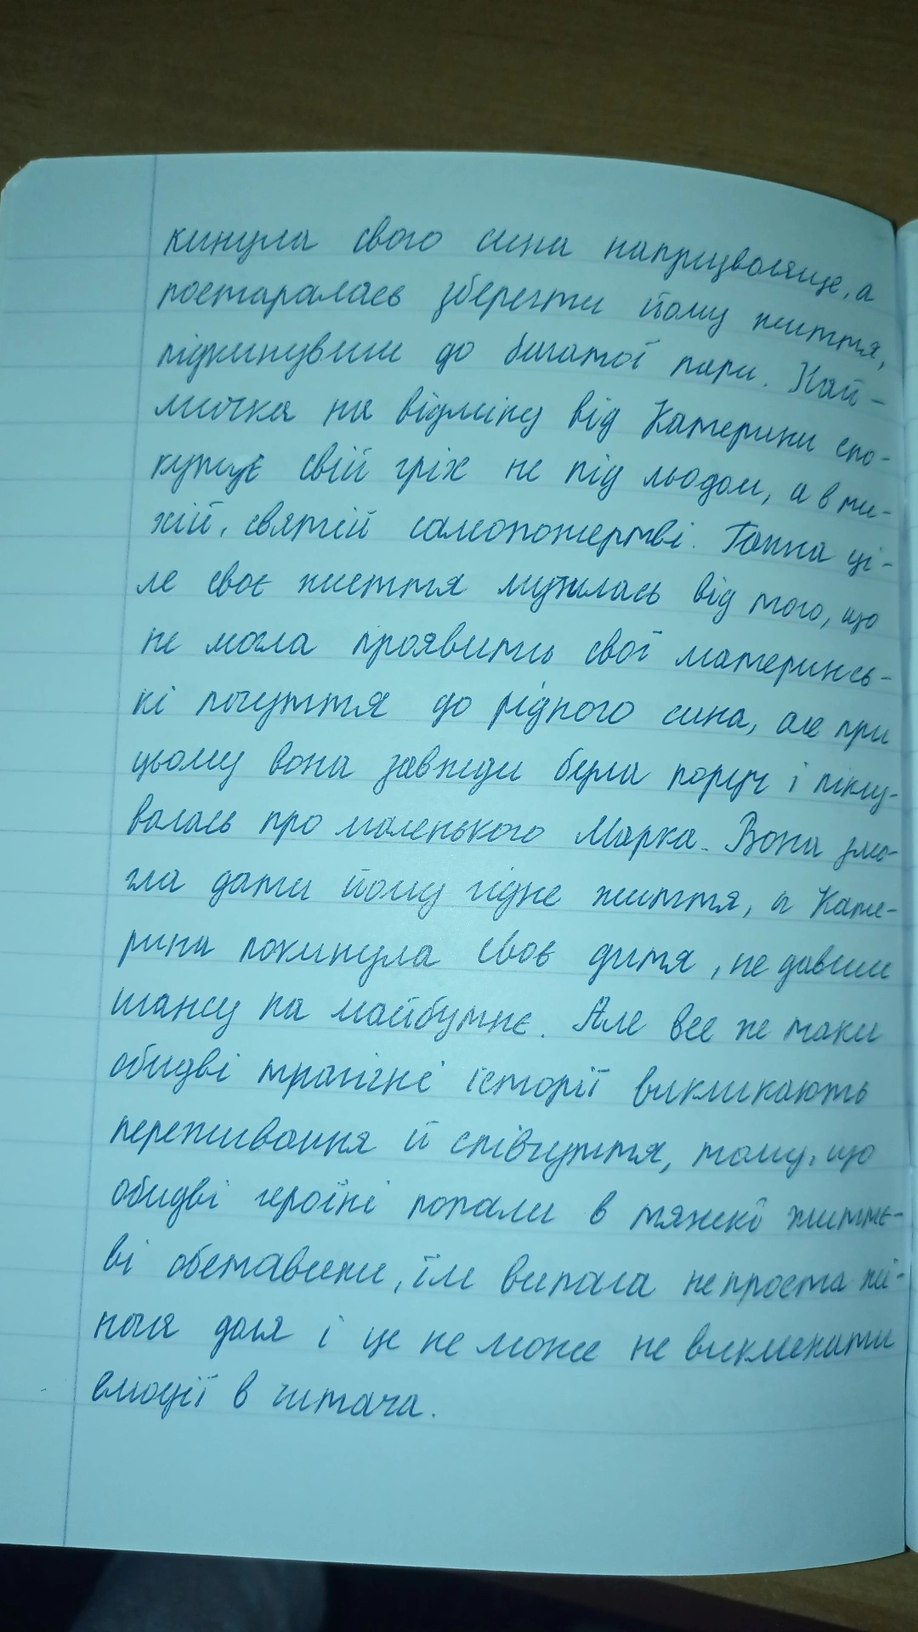
кинула свою сина напризволяще, а
постаралась зберегти йому життя,
підкинувши до багатої пари. Най-
мичка на відміну від Катерини спо-
купує свій гріх не під льодом, а в ти-
жій, святій самопожертві. Ганна ці-
ле своє життя мучилась від того, що
не могла проявити свої материнсь-
кі почуття до рідного сина, але при
цьому вона завжди була поруч і піклу-
валась про маленького Марка. Вони змо-
гла дати йому гідне життя, а Кате-
рина покинула своє дитя, не давиши
шансу на майбутнє. Але все ж таки
обидві трагічні історії викликають
переживання й співчуття, тому, що
обидві героїні попали в тяжкі життє-
ві обставини, їм випала не проста жі -
ноча доля і це не може не викликати
емоції в читача.